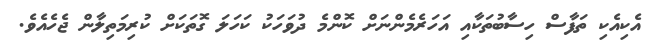
އެކިއެކި ތަފާސް ހިސާބުތަކާއި އަހަރެމެންނަށް ކޮންމެ ދުވަހަކު ކަހަލަ ގޮތަކަށް ކުރިމަތިލާން ޖެހެއެވެ.